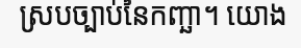
ស្របច្បាប់នៃកញ្ឆា។ យោង